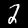
Digit: 2